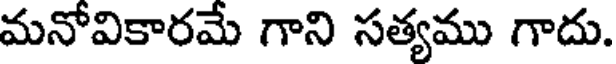
మనోవికారమే గాని సత్యము గాదు.